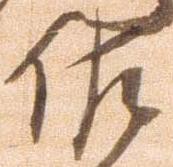
佐